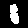
Digit: 1